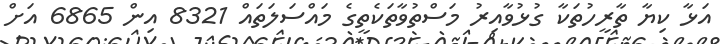
އަޅާ ކިޔާ ތާރީހުތަކާ ގުޅުވާއިރު މަސްތުވާތަކެތީގެ މައްސަލަތައް 8321 އިން 6865 އަށް